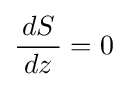
{\frac {\,dS\,}{dz}}=0